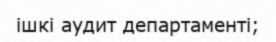
ішкі аудит департаменті;